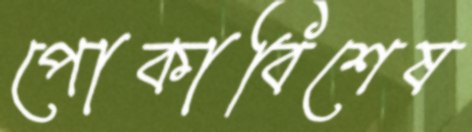
পোকাবিশেষ